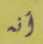
أنه